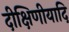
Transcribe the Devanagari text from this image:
दीक्षिणीयादि